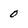
Character: 0